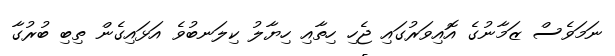
ނަމަވެސް ޒަމާނުގެ އޮއިވަރުގައި ޖެހި ހިތާއި ހިޔާލު ކިލަނބުވެ އަޅައިގެން ތިބި ބުރުގާ